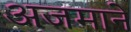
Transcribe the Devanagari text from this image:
अजमाने